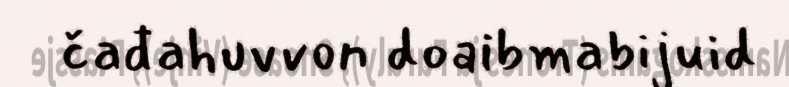
čađahuvvon doaibmabijuid